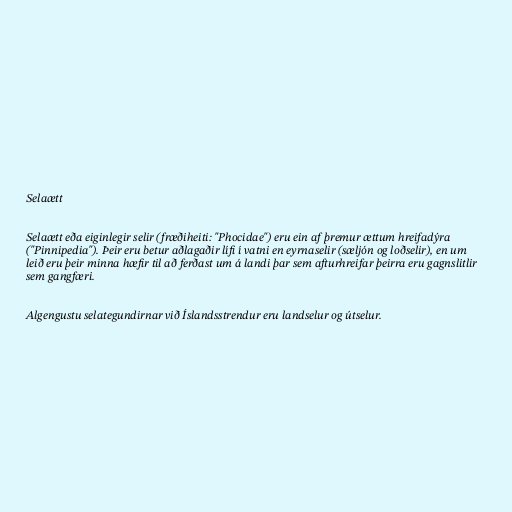
Selaætt

Selaætt eða eiginlegir selir (fræðiheiti: "Phocidae") eru ein af þremur ættum hreifadýra
("Pinnipedia"). Þeir eru betur aðlagaðir lífi í vatni en eyrnaselir (sæljón og loðselir), en um
leið eru þeir minna hæfir til að ferðast um á landi þar sem afturhreifar þeirra eru gagnslitlir
sem gangfæri.

Algengustu selategundirnar við Íslandsstrendur eru landselur og útselur.